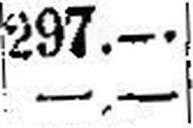
—.—